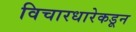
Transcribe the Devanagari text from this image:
विचारधारेकडून